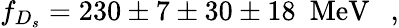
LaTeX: f_{D_{s}}=230\pm 7\pm 30\pm 18~~\mathrm{MeV}~~~,